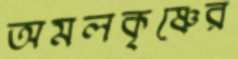
অমলকৃষ্ণের